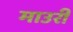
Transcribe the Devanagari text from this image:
माउरी